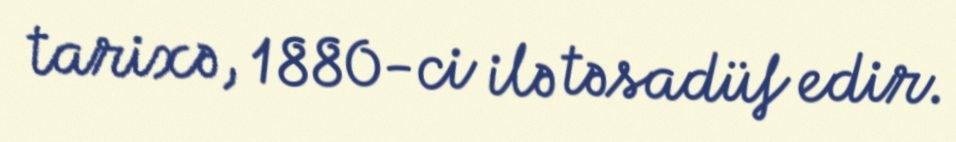
tarixə, 1880-ci ilə təsadüf edir.